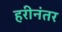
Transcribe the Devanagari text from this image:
हरीनंतर